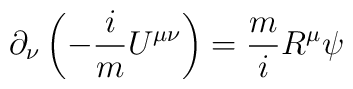
\partial _{\nu }\left( -\frac{i}{m}U^{\mu \nu }\right) =\frac{m}{i}R^{\mu}\psi